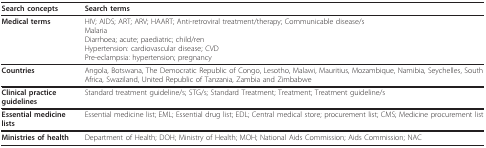
<table><thead><tr><td><b>Search concepts</b></td><td><b>Search terms</b></td></tr></thead><tbody><tr><td><b>Medical terms</b></td><td>HIV; AIDS; ART; ARV; HAART; Anti-retroviral treatment/therapy; Communicable disease/sMalariaDiarrhoea; acute; paediatric; child/renHypertension: cardiovascular disease; CVDPre-eclampsia: hypertension; pregnancy</td></tr><tr><td><b>Countries</b></td><td>Angola, Botswana, The Democratic Republic of Congo, Lesotho, Malawi, Mauritius, Mozambique, Namibia, Seychelles, South Africa, Swaziland, United Republic of Tanzania, Zambia and Zimbabwe</td></tr><tr><td><b>Clinical practice guidelines</b></td><td>Standard treatment guideline/s; STG/s; Standard Treatment; Treatment; Treatment guideline/s</td></tr><tr><td><b>Essential medicine lists</b></td><td>Essential medicine list; EML; Essential drug list; EDL; Central medical store; procurement list; CMS; Medicine procurement list</td></tr><tr><td><b>Ministries of health</b></td><td>Department of Health; DOH; Ministry of Health; MOH; National Aids Commission; Aids Commission; NAC</td></tr></tbody></table>